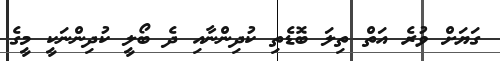
ގަޔަށް ވުރެ އަތް ތިލަ ބޮޑެތި ކުދިންނާާއި ދެ ބޯލީ ކުދިންނަކީ މީގެ